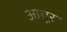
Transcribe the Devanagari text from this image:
आत्तूर